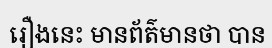
រឿងនេះ មានព័ត៌មានថា បាន